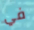
في